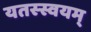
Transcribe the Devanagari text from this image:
यतस्स्वयम्